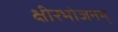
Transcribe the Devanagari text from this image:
क्षीरभोजनम्